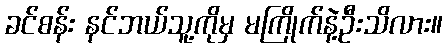
ခင်စန်း နင်ဘယ်သူ့ကိုမှ မကြိုက်နဲ့ဦးသိလား။